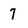
Character: 7